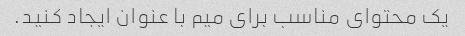
یک محتوای مناسب برای میم با عنوان ایجاد کنید.